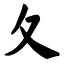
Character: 夂